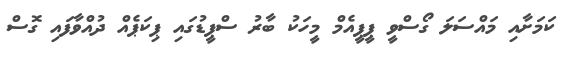
ކަމަށާއި މައްސަލަ ގޯސްވީ ޕީޕީއެމް މީހަކު ބާރު ސްޕީޑުގައި ޕިކަޕެއް ދުއްވާފައި ގޮސް